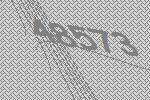
48573